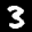
Label: 3